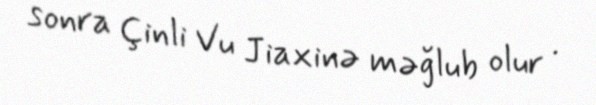
sonra Çinli Vu Jiaxinə məğlub olur .